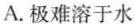
A.极难溶于水